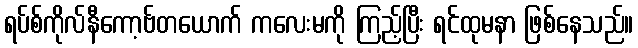
ရပ်စ်ကိုလ်နီကော့ဗ်တယောက် ကလေးမကို ကြည့်ပြီး ရင်ထုမနာ ဖြစ်နေသည်။